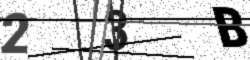
Text: 23B